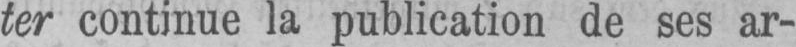
ter continue la publication de ses ar-